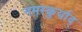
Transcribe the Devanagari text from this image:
नमस्कुर्याद्